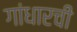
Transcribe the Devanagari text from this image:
गांधारची